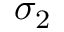
\sigma _ { 2 }